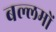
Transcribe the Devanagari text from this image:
बल्लमों